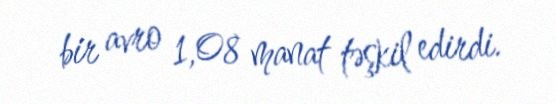
bir avro 1,08 manat təşkil edirdi.